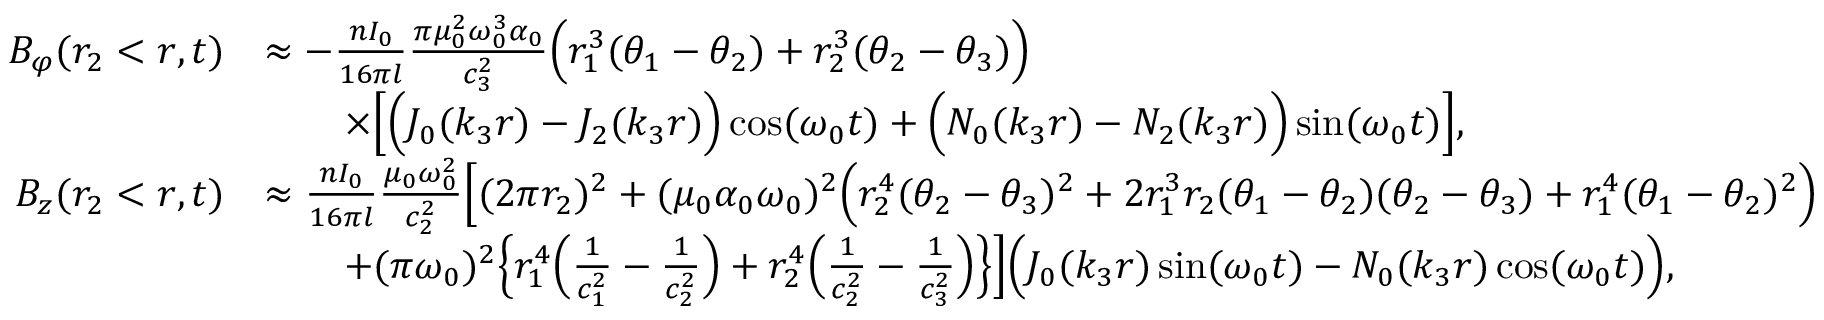
\begin{array} { r l } { B _ { \varphi } ( r _ { 2 } < r , t ) } & { \approx - \frac { n I _ { 0 } } { 1 6 \pi l } \frac { \pi \mu _ { 0 } ^ { 2 } \omega _ { 0 } ^ { 3 } \alpha _ { 0 } } { c _ { 3 } ^ { 2 } } \Big ( r _ { 1 } ^ { 3 } ( \theta _ { 1 } - \theta _ { 2 } ) + r _ { 2 } ^ { 3 } ( \theta _ { 2 } - \theta _ { 3 } ) \Big ) } \\ & { \qquad \times \Big [ \Big ( J _ { 0 } ( k _ { 3 } r ) - J _ { 2 } ( k _ { 3 } r ) \Big ) \cos ( \omega _ { 0 } t ) + \Big ( N _ { 0 } ( k _ { 3 } r ) - N _ { 2 } ( k _ { 3 } r ) \Big ) \sin ( \omega _ { 0 } t ) \Big ] , } \\ { B _ { z } ( r _ { 2 } < r , t ) } & { \approx \frac { n I _ { 0 } } { 1 6 \pi l } \frac { \mu _ { 0 } \omega _ { 0 } ^ { 2 } } { c _ { 2 } ^ { 2 } } \Big [ ( 2 \pi r _ { 2 } ) ^ { 2 } + ( \mu _ { 0 } \alpha _ { 0 } \omega _ { 0 } ) ^ { 2 } \Big ( r _ { 2 } ^ { 4 } ( \theta _ { 2 } - \theta _ { 3 } ) ^ { 2 } + 2 r _ { 1 } ^ { 3 } r _ { 2 } ( \theta _ { 1 } - \theta _ { 2 } ) ( \theta _ { 2 } - \theta _ { 3 } ) + r _ { 1 } ^ { 4 } ( \theta _ { 1 } - \theta _ { 2 } ) ^ { 2 } \Big ) } \\ & { \qquad + ( \pi \omega _ { 0 } ) ^ { 2 } \Big \{ r _ { 1 } ^ { 4 } \Big ( \frac { 1 } { c _ { 1 } ^ { 2 } } - \frac { 1 } { c _ { 2 } ^ { 2 } } \Big ) + r _ { 2 } ^ { 4 } \Big ( \frac { 1 } { c _ { 2 } ^ { 2 } } - \frac { 1 } { c _ { 3 } ^ { 2 } } \Big ) \Big \} \Big ] \Big ( J _ { 0 } ( k _ { 3 } r ) \sin ( \omega _ { 0 } t ) - N _ { 0 } ( k _ { 3 } r ) \cos ( \omega _ { 0 } t ) \Big ) , } \end{array}